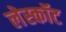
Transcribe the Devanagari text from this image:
लेस्कॉट